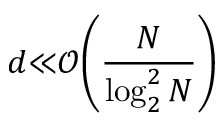
d { \ll } { \mathcal { O } } { \left( \frac { N } { \log _ { 2 } ^ { 2 } N } \right) }